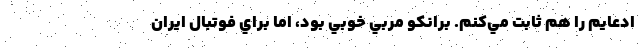
ادعايم را هم ثابت مي‌كنم. برانكو مربي خوبي بود، اما براي فوتبال ايران